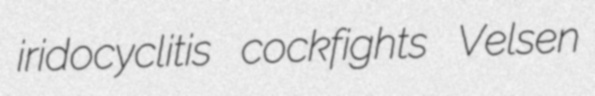
iridocyclitis cockfights Velsen